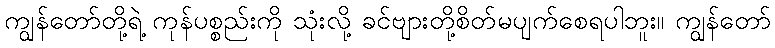
ကျွန်တော်တို့ရဲ့ ကုန်ပစ္စည်းကို သုံးလို့ ခင်ဗျားတို့စိတ်မပျက်စေရပါဘူး။ ကျွန်တော်